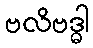
ဗလိဗဒ္ဓါ